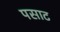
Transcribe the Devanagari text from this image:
पसाट